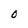
Character: O